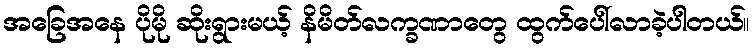
အခြေအနေ ပိုမို ဆိုးရွားမယ့် နိမိတ်လက္ခဏာတွေ ထွက်ပေါ်လာခဲ့ပါတယ်။